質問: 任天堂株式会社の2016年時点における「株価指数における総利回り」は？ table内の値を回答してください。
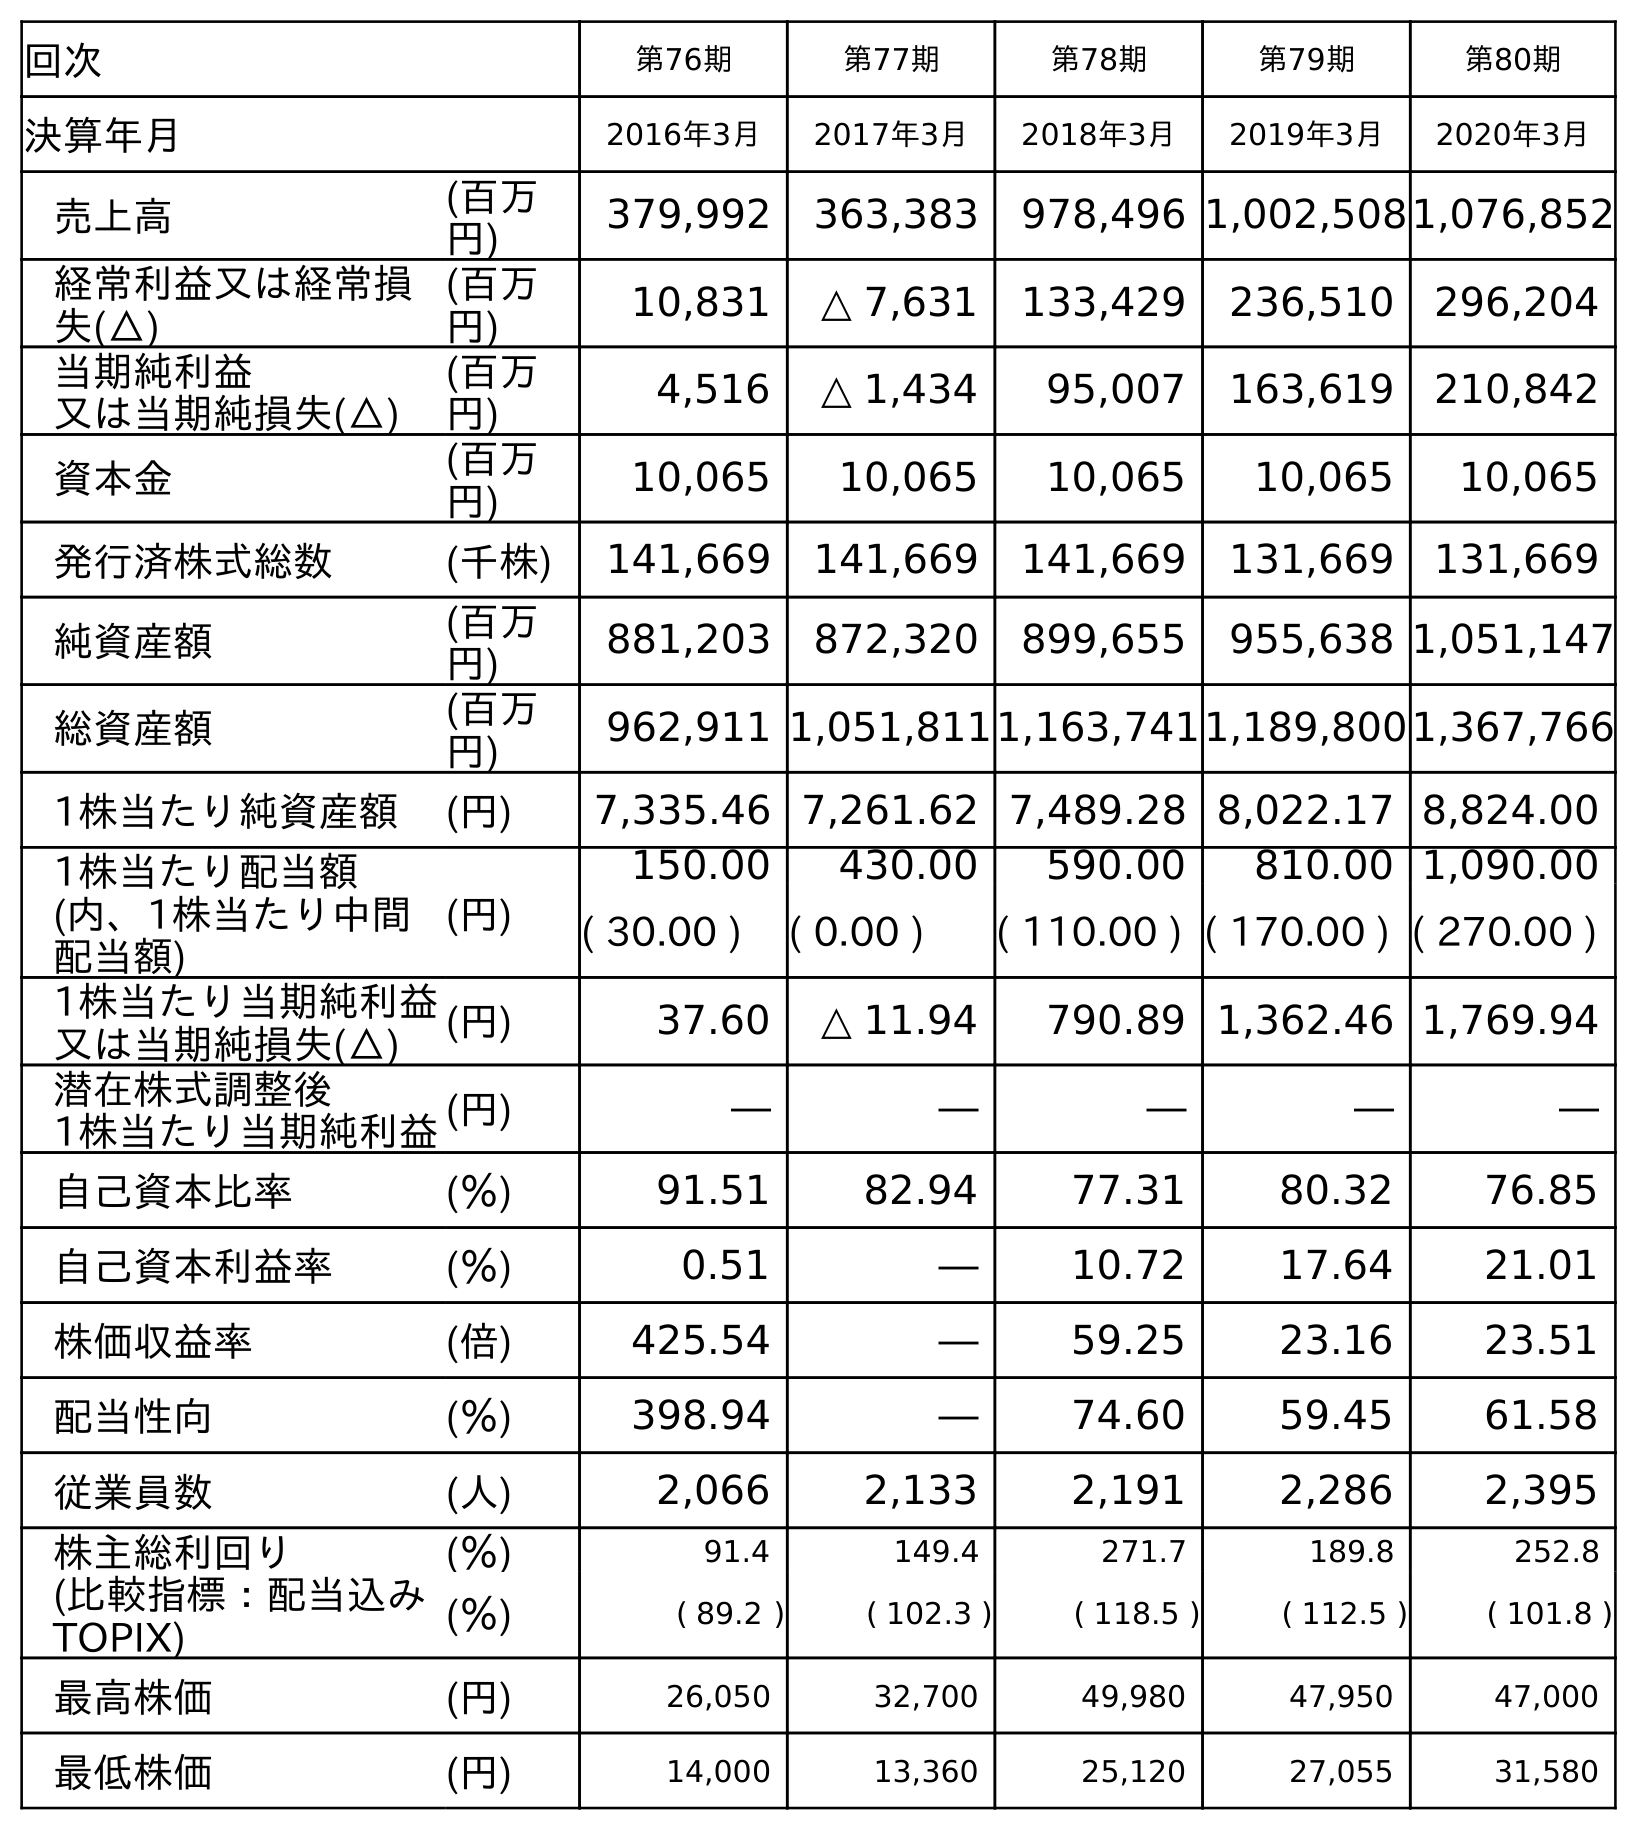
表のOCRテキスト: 回次 第76期 第77期 第78期 第79期 第80期 決算年月 2016年3月 2017年3月 2018年3月 2019年3月 2020年3月 売上高 (百万 円) 379,992 363,383 978,496 1,002,5081,076,852 経常利益又は経常損 失(△) (百万 円) 10,831 △ 7,631 133,429 236,510 296,204 当期純利益 又は当期純損失(△) (百万 円) 4,516 △ 1,434 95,007 163,619 210,842 資本金 (百万 円) 10,065 10,065 10,065 10,065 10,065 発行済株式総数 (千株) 141,669 141,669 141,669 131,669 131,669 純資産額 (百万 円) 881,203 872,320 899,655 955,638 1,051,147 総資産額 (百万 円) 962,911 1,051,8111,163,7411,189,8001,367,766 1株当たり純資産額 (円) 7,335.46 7,261.62 7,489.28 8,022.17 8,824.00 1株当たり配当額 (内、1株当たり中間 配当額) (円) 150.00 430.00 590.00 810.00 1,090.00 ( 30.00 ) ( 0.00 ) ( 110.00 ) ( 170.00 ) ( 270.00 ) 1株当たり当期純利益 又は当期純損失(△) (円) 37.60 △ 11.94 790.89 1,362.46 1,769.94 潜在株式調整後 1株当たり当期純利益(円) ― ― ― ― ― 自己資本比率 (％) 91.51 82.94 77.31 80.32 76.85 自己資本利益率 (％) 0.51 ― 10.72 17.64 21.01 株価収益率 (倍) 425.54 ― 59.25 23.16 23.51 配当性向 (％) 398.94 ― 74.60 59.45 61.58 従業員数 (人) 2,066 2,133 2,191 2,286 2,395 株主総利回り (比較指標：配当込み TOPIX) (％) 91.4 149.4 271.7 189.8 252.8 (％) ( 89.2 ) ( 102.3 ) ( 118.5 ) ( 112.5 ) ( 101.8 ) 最高株価 (円) 26,050 32,700 49,980 47,950 47,000 最低株価 (円) 14,000 13,360 25,120 27,055 31,580
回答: (89.2)